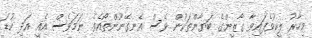
މިހާރު ލީކުވެފައިވާ ގާޒީންގެ ބަޔާންތަކުން ވެސް އެނގޭނޫންތޯއެވެ. ނަމަވެސް އެއީ އަދި ކުޑަ